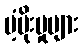
ပံ့ပိုးမှုများ